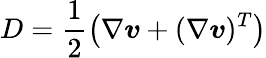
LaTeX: D=\frac{1}{2}\left(\nabla\boldsymbol{v}+(\nabla\boldsymbol{v})^{T}\right)